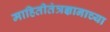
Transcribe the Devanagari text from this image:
माहितीतंत्रज्ञानाच्या